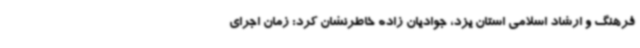
فرهنگ و ارشاد اسلامی استان یزد، جوادیان زاده خاطرنشان کرد: زمان اجرای